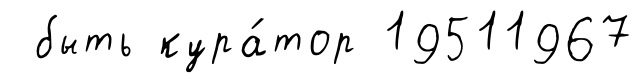
быть кура́тор 19511967